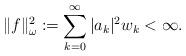
LaTeX: \begin{align*}\|f\|_{\omega}^2 \coloneqq \sum_{k = 0}^{\infty} |a_k|^2 w_k < \infty.\end{align*}